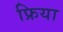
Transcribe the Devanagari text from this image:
फ्रिया